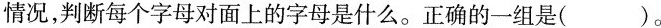
情况，判断每个字母对面上的字母是什么。正确的一组是( )。